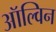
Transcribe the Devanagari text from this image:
ऑल्विन